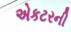
એકટરની